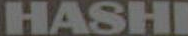
HASHI